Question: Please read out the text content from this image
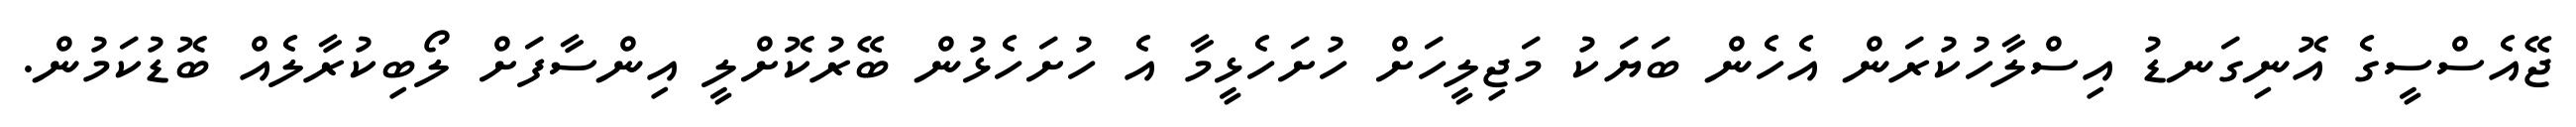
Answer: ޖޭއެސްސީގެ އޮނިގަނޑު އިސްލާހުކުރަން އެހެން ބަޔަކު މަޖިލީހަށް ހުށަހެޅީމާ އެ ހުށަހެޅުން ބޭރުކޮށްލީ އިންސާފަށް ލޯބިކުރާލެއް ބޮޑުކަމުން.